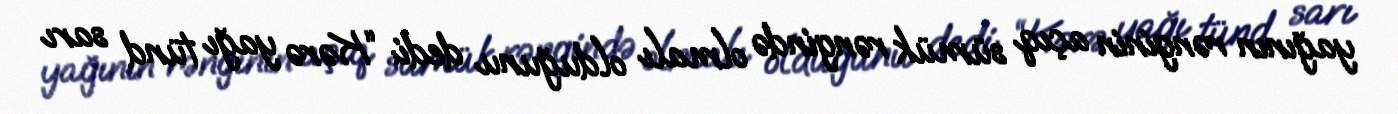
yağının rənginin açıq sümük rəngində olmalı olduğunu dedi: “Kərə yağı tünd sarı